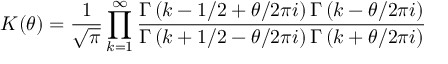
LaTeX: K ( \theta ) = \frac { 1 } { \sqrt { \pi } } \prod _ { k = 1 } ^ { \infty } \frac { \Gamma \left( k - 1 / 2 + \theta / 2 \pi i \right) \Gamma \left( k - \theta / 2 \pi i \right) } { \Gamma \left( k + 1 / 2 - \theta / 2 \pi i \right) \Gamma \left( k + \theta / 2 \pi i \right) }